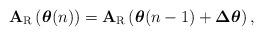
LaTeX: \begin{align*}\mathbf{A}_{\rm R}\left(\boldsymbol{\theta}(n)\right) = \mathbf{A}_{\rm R}\left(\boldsymbol{\theta}(n-1) + \boldsymbol{\Delta\theta}\right),\end{align*}